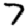
Digit: 7